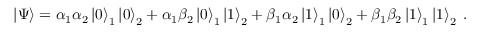
\left| \Psi \right\rangle = \alpha _ { 1 } \alpha _ { 2 } \left| 0 \right\rangle _ { 1 } \left| 0 \right\rangle _ { 2 } + \alpha _ { 1 } \beta _ { 2 } \left| 0 \right\rangle _ { 1 } \left| 1 \right\rangle _ { 2 } + \beta _ { 1 } \alpha _ { 2 } \left| 1 \right\rangle _ { 1 } \left| 0 \right\rangle _ { 2 } + \beta _ { 1 } \beta _ { 2 } \left| 1 \right\rangle _ { 1 } \left| 1 \right\rangle _ { 2 } \; .